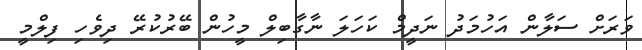
ވަރަށް ސަލާން އަހުމަދު ނަދީމް ކަހަލަ ނާގާބިލް މީހުން ބޭރުކުރޭ ދިވެހި ފިލްމީ